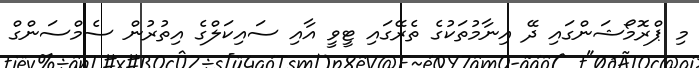
މި ޕްރޮމޯޝަންގައި ދޭ އިނާމުތަކުގެ ތެރޭގައި ޓީވީ އާއި ސައިކަލްގެ އިތުރުން ސެމްސަންގް